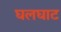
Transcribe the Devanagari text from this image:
घलघाट